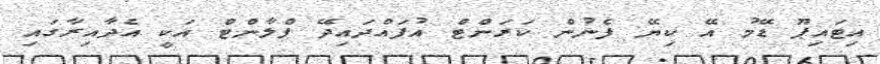
އިޓައިޕޫ ޑޭމު އޭ ކިޔޭ ފެނުން ކަރަންޓް އުފައްދައިދޭ ޕްލާންޓް އަކީ އެދާއިރާގައި